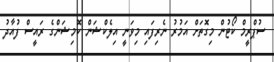
ސުޕްރީމް ކޯޓުން މިގޮތަށް އަމުރު ނެރިފައި މިވަނީ އިލެކްޝަން ކޮމިޝަންގެ ރައީސް ފުއާދު